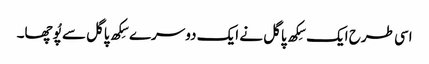
اسی طرح ایک سِکھ پاگل نے ایک دوسرے سِکھ پاگل سے پُوچھا۔